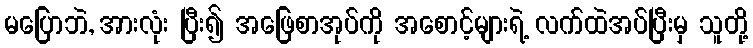
မပြောဘဲ, အားလုံး ပြီး၍ အဖြေစာအုပ်ကို အစောင့်များရဲ့ လက်ထဲအပ်ပြီးမှ သူတို့